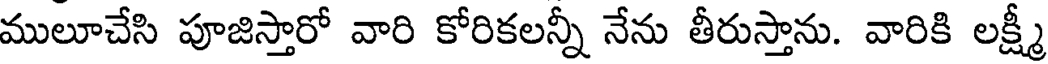
ములూచేసి పూజిస్తారో వారి కోరికలన్నీ నేను తీరుస్తాను. వారికి లక్ష్మీ